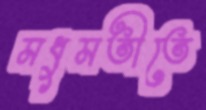
মধুমতীতে